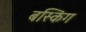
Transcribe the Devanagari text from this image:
बस्किंग